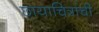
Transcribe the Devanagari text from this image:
छायाचित्रांची